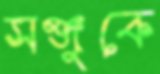
সঞ্জুকে